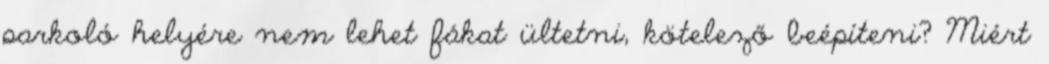
parkoló helyére nem lehet fákat ültetni, kötelező beépíteni? Miért